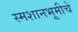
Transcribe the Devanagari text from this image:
स्मशानभूमीचे